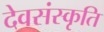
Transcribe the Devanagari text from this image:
देवसंस्कृति